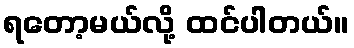
ရတော့မယ်လို့ ထင်ပါတယ်။